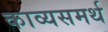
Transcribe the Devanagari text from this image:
काव्यसमर्थ